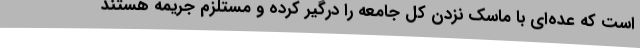
است که عده‌ای با ماسک نزدن کل جامعه را درگیر کرده و مستلزم جریمه هستند